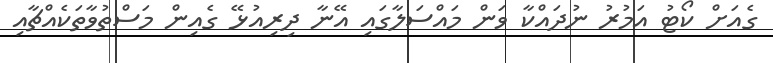
ގެއަށް ކޯޓު އަމުރު ނުދައްކާ ވަން މައްސަލާގައި އޭނާ ދިރިއުޅޭ ގެއިން މަސްތުވާތަކެއްޗާއި